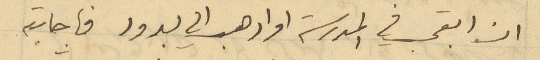
ان ابقى في المدرسة او اذهب الى يبرود فأجابته